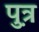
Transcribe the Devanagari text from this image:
प़ुत्र